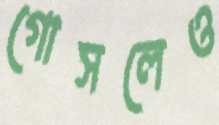
গোসলেও